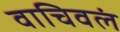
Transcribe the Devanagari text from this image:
वाचिवलं